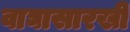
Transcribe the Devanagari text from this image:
वाघासारखी